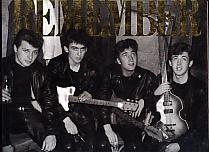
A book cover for Remember: The Recollections and Photographs of the Beatles; Michael McCartney; Humor & Entertainment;